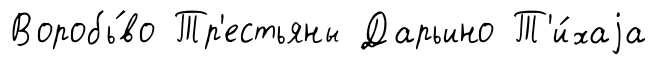
Воробь́во Тр'естьяны Дарьино Т'и́хаjа